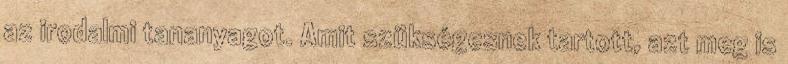
az irodalmi tananyagot. Amit szükségesnek tartott, azt meg is